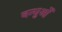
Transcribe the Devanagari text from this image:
बन्धुओँ